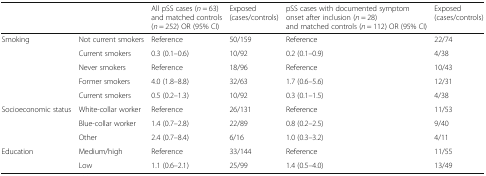
<table><thead><tr><td></td><td></td><td><b>All pSS cases (<i>n</i> = 63) and matched controls (<i>n</i> = 252) OR (95% CI)</b></td><td><b>Exposed (cases/controls)</b></td><td><b>pSS cases with documented symptom onset after inclusion (<i>n</i> = 28) and matched controls (<i>n</i> = 112) OR (95% CI)</b></td><td><b>Exposed (cases/controls)</b></td></tr></thead><tbody><tr><td rowspan="5">Smoking</td><td>Not current smokers</td><td>Reference</td><td>50/159</td><td>Reference</td><td>22/74</td></tr><tr><td>Current smokers</td><td>0.3 (0.1–0.6)</td><td>10/92</td><td>0.2 (0.1–0.9)</td><td>4/38</td></tr><tr><td>Never smokers</td><td>Reference</td><td>18/96</td><td>Reference</td><td>10/43</td></tr><tr><td>Former smokers</td><td>4.0 (1.8–8.8)</td><td>32/63</td><td>1.7 (0.6–5.6)</td><td>12/31</td></tr><tr><td>Current smokers</td><td>0.5 (0.2–1.3)</td><td>10/92</td><td>0.3 (0.1–1.5)</td><td>4/38</td></tr><tr><td rowspan="3">Socioeconomic status</td><td>White-collar worker</td><td>Reference</td><td>26/131</td><td>Reference</td><td>11/53</td></tr><tr><td>Blue-collar worker</td><td>1.4 (0.7–2.8)</td><td>22/89</td><td>0.8 (0.2–2.5)</td><td>9/40</td></tr><tr><td>Other</td><td>2.4 (0.7–8.4)</td><td>6/16</td><td>1.0 (0.3–3.2)</td><td>4/11</td></tr><tr><td rowspan="2">Education</td><td>Medium/high</td><td>Reference</td><td>33/144</td><td>Reference</td><td>11/55</td></tr><tr><td>Low</td><td>1.1 (0.6–2.1)</td><td>25/99</td><td>1.4 (0.5–4.0)</td><td>13/49</td></tr></tbody></table>